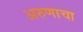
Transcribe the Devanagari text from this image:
अरुणाचा